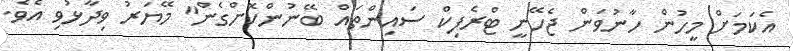
އެކަމަށް މީހުން ހާނުވަން ޖެހޭނީ ޓްރެފިކް ސައިންތައް ބޭނުންކޮށްގެން" މޭޔަރު ވިދާޅުވި އެވެ.